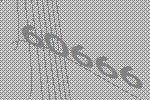
60666